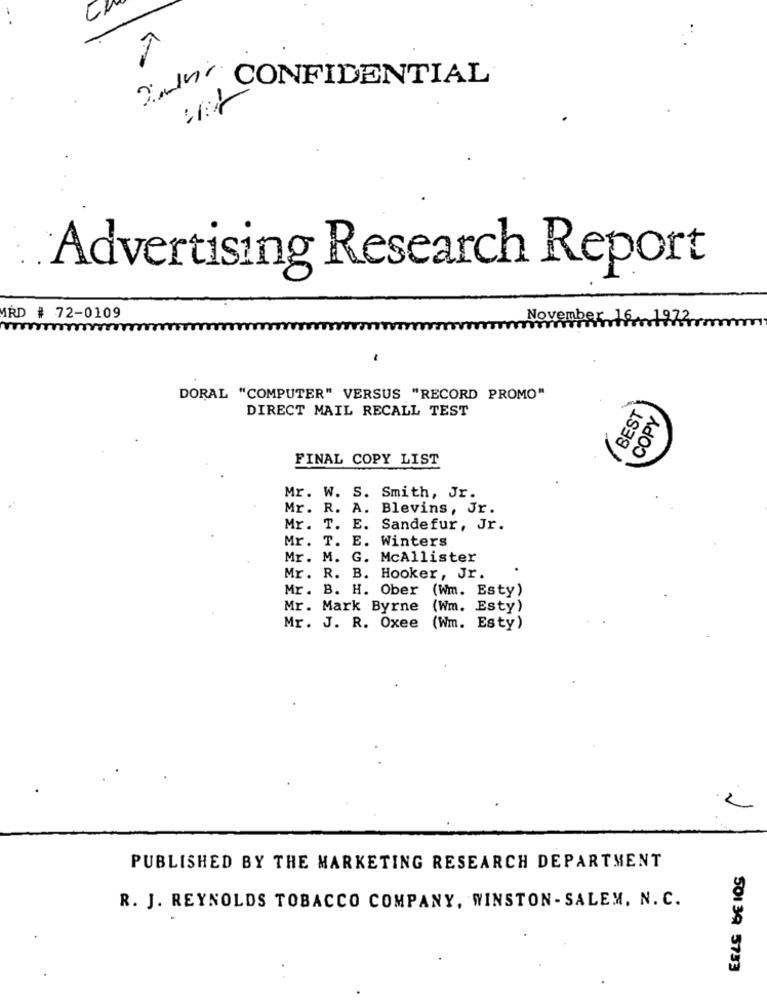
CONFIDENTIAL
Advertising Research Report
MRD # 72-0109
vember 16
.1972
DORAL "COMPUTER" VERSUS "RECORD PROMO"
DIRECT MAIL RECALL TEST
BEST
COPY
FINAL COPY LIST
Mr. W. S. Smith, Jr.
Mr. R. A. Blevins, Jr.
Mr. T. E. Sandefur, Jr.
Mr. T. E. Winters
Mr. M. G. McAllister
Mr. R. B. Hooker, Jr.
Mr. B. H. Ober (Wm. Esty)
Mr. Mark Byrne (Wm. Esty)
Mr. J. R. Oxee (Wm. Esty)
2
PUBLISHED BY THE MARKETING RESEARCH DEPARTMENT
R. J. REYNOLDS TOBACCO COMPANY, WINSTON- SALEM, N. C.
501 39 5733